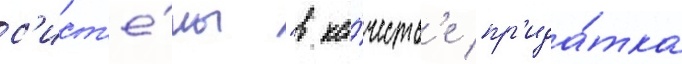
с'ист'е́мы "в ка́честв'е пр'ида́тка